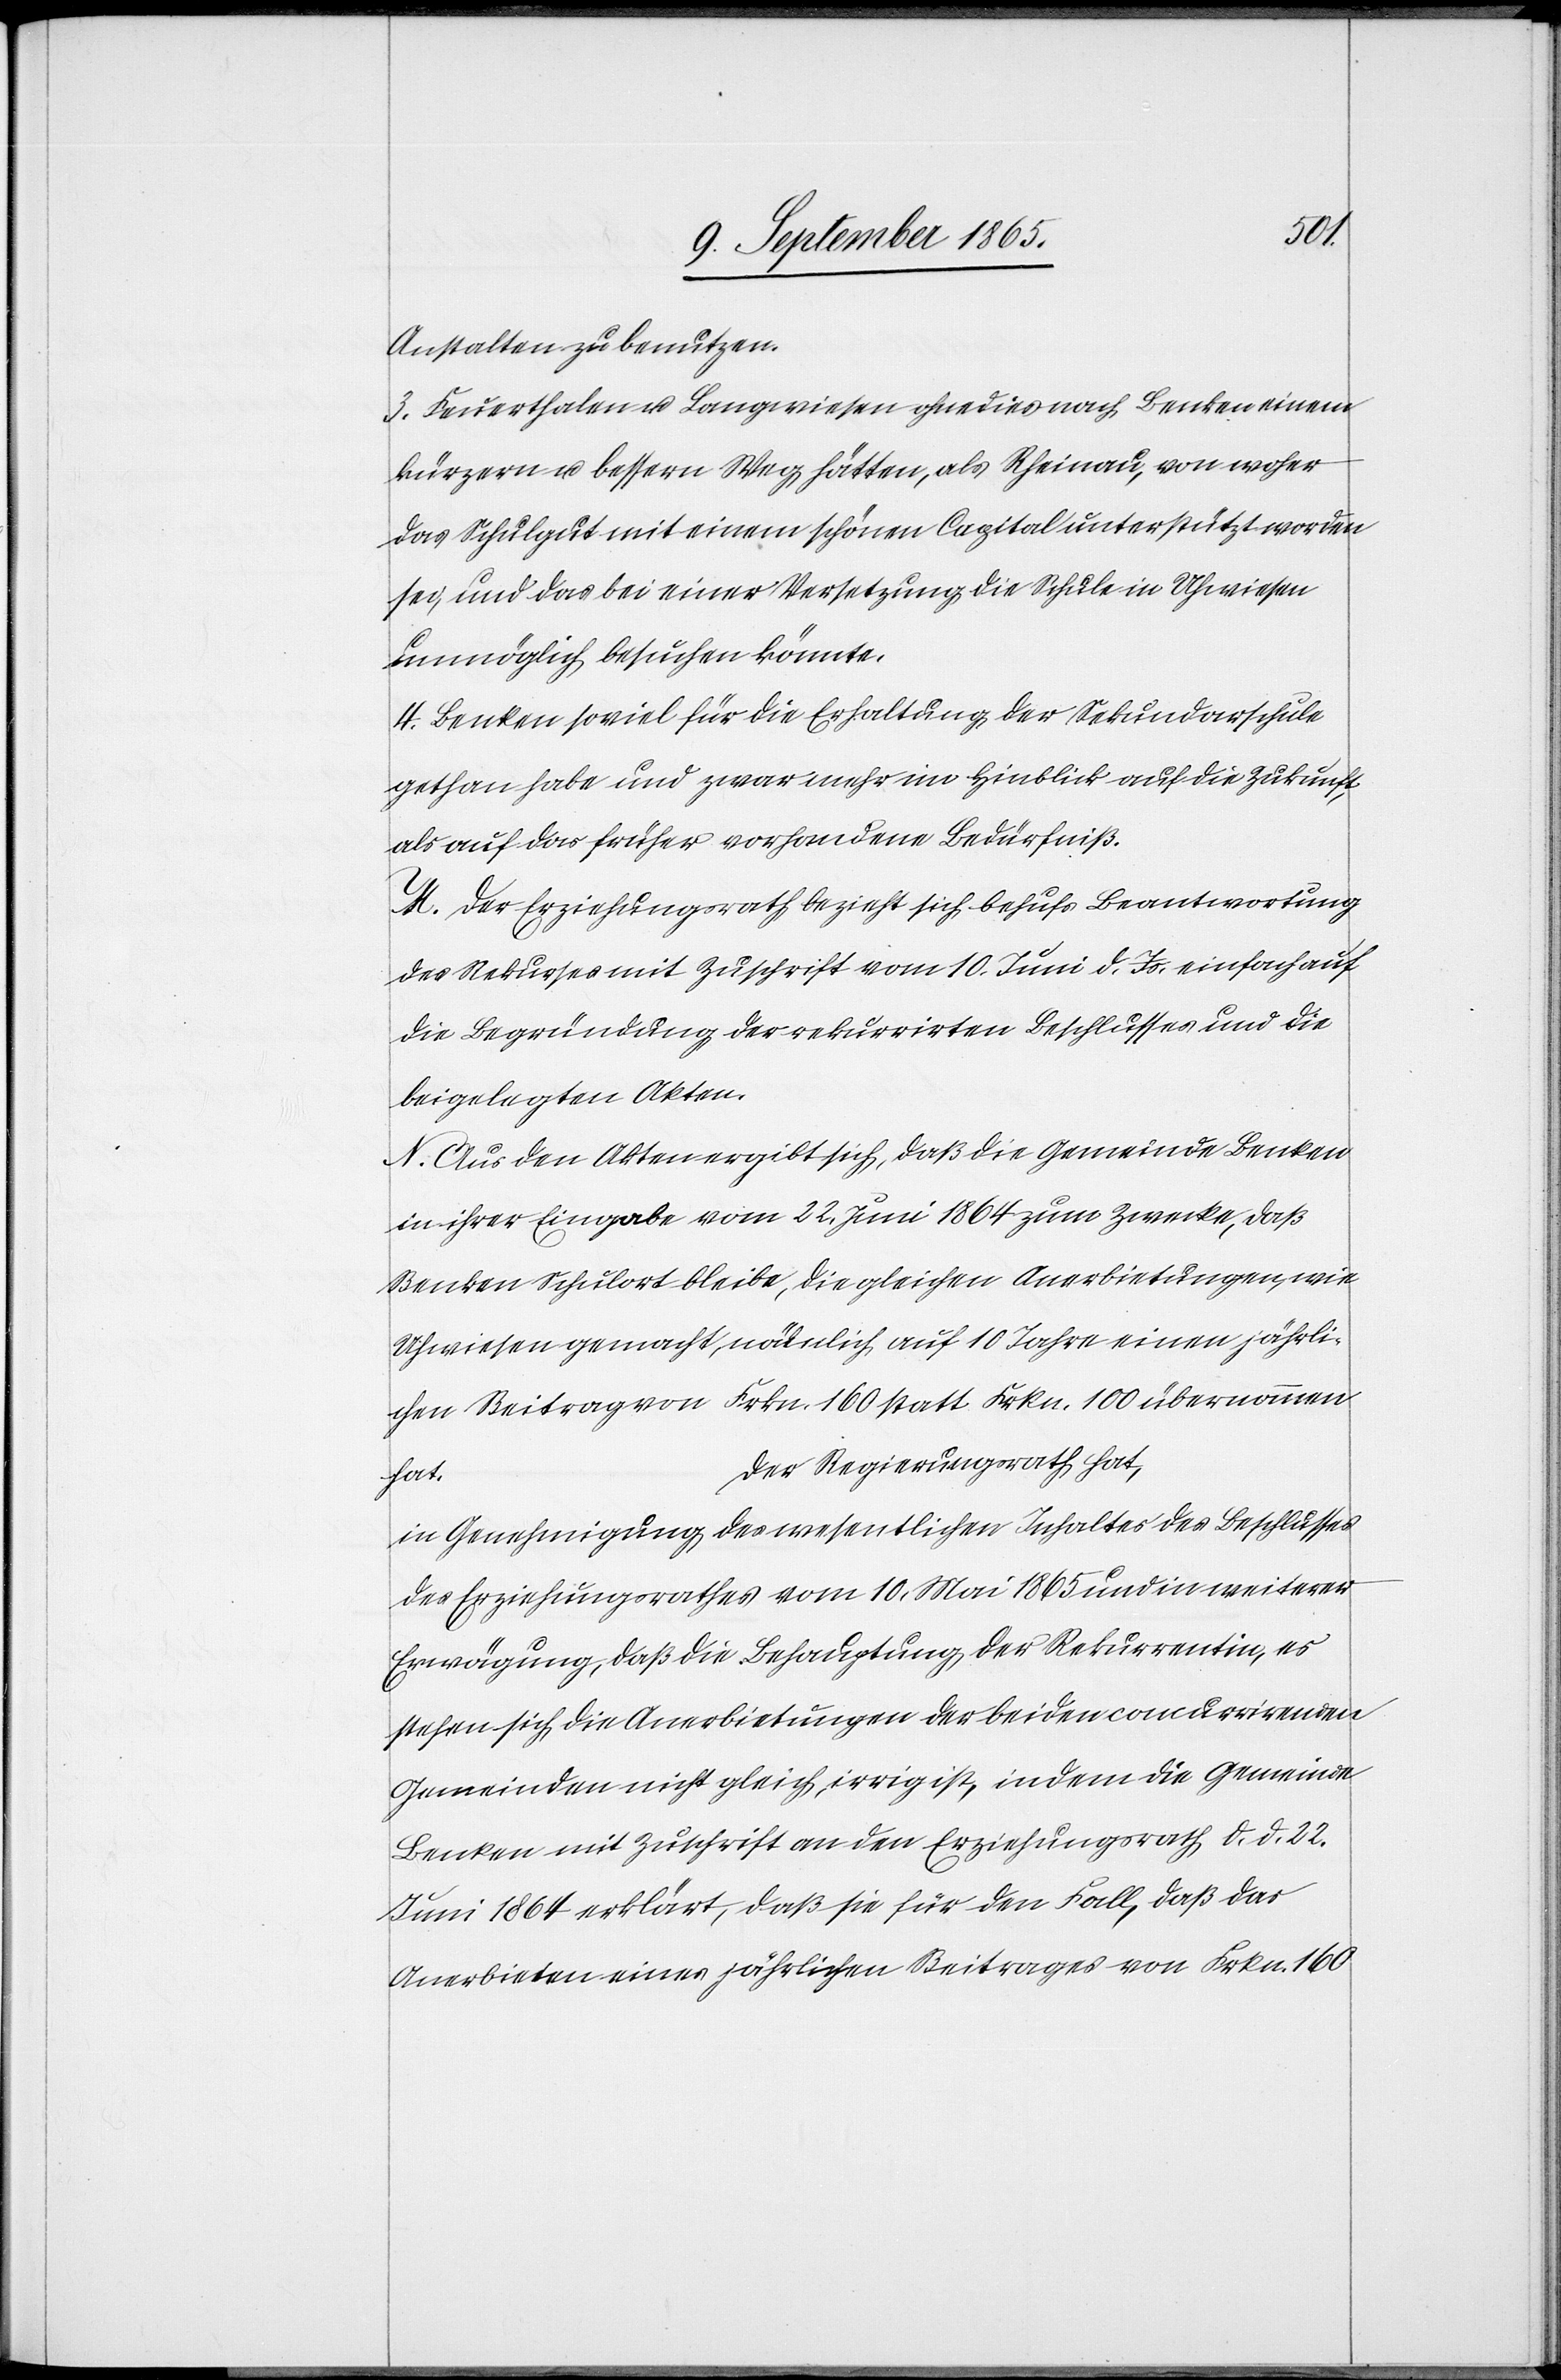
als
Anstalten zu benutzen.
3. Feuerthalen u. Langwiesen ohne dies nach Benken einem
das Schulgut mit einem schönen Capital unterstützt worden
sei, und das bei einer Versetzung die Schule in Uhwiesen
unmöglich besuchen könnte.
4. Benken soviel für die Erhaltung der Sekundarschule
gethan habe und zwar mehr im Hinblick auf die Zukunft,
als auf das früher vorhandene Bedürfniß.
M. Der Erziehungsrath bezieht sich behufs Beantwortung
des Rekurses mit Zuschrift vom 10. Juni d. Js. einfach auf
die Begründung der rekurrirten Beschlusses und die
beigelegten Akten.
N. Aus den Akten ergibt sich, daß die Gemeinde Benken
in ihrer Eingabe vom 22. Juni 1864 zum Zwecke, daß
Benken Schulort bleibe, die gleichen Anerbietungen, wie
Uhwiesen gemacht, nämlich auf 10 Jahre einen jährli¬
chen Beitrag von Frkn. 160 statt Frkn. 100 übernommen
Der Regierungsrath hat,
hat.
in Genehmigung des wesentlichen Inhaltes des Beschlusses
des Erziehungsrathes vom 10. Mai 1865 und in weiterer
Erwägung, daß die Behauptung der Rekurrentin, es
stehen sich die Anerbietungen der beiden concurrirenden
Gemeinden nicht gleich, irrig ist, indem die Gemeinde
Benken mit Zuschrift an den Erziehungsrath d. d. 22.
Juni 1864 erklärt, daß sie für den Fall, daß das
Anerbieten eines jährlichen Beitrages von Frkn. 160